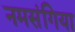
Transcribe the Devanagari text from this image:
नमसंगिया